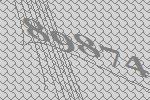
89874